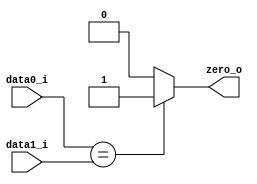
module Zero
(
    data0_i,
    data1_i,
    zero_o
);

// Ports
input  [31:0] data0_i, data1_i;
output        zero_o;

assign zero_o = (data0_i == data1_i)? 1'b1 : 1'b0;

endmodule